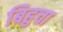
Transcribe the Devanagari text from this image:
बिहुचा